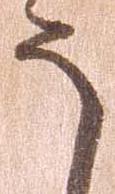
う